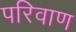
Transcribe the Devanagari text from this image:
परिवाण